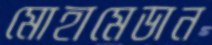
মোহামেডান